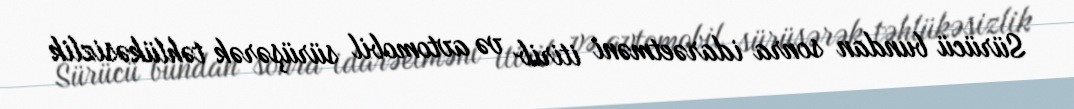
Sürücü bundan sonra idarəetməni itirib və avtomobil sürüşərək təhlükəsizlik